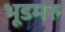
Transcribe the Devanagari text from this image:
भूडमरु